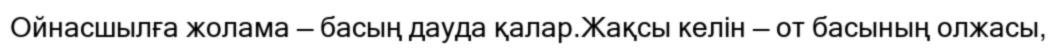
Ойнасшылға жолама — басың дауда қалар.Жақсы келін — от басының олжасы,